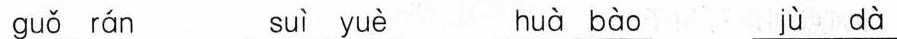
guǒ rán suì yuè huà bào jùdà